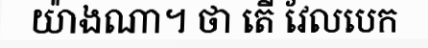
យ៉ាងណា។ ថា តើ វែលបេក